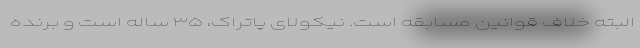
البته خلاف قوانین مسابقه است. نیکولای پاتراک، ۳۵ ساله است و برنده